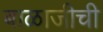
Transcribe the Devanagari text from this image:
बाळाजीची